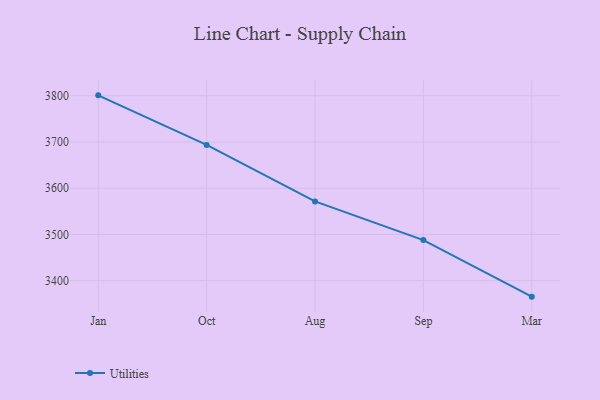
{"axis": {"x": "Month", "y": "Latency (ms)"}, "legend": ["Utilities"], "data": [{"x": "Jan", "y": 3801.0, "type": "Utilities"}, {"x": "Oct", "y": 3693.8, "type": "Utilities"}, {"x": "Aug", "y": 3571.4, "type": "Utilities"}, {"x": "Sep", "y": 3487.7, "type": "Utilities"}, {"x": "Mar", "y": 3365.3, "type": "Utilities"}]}